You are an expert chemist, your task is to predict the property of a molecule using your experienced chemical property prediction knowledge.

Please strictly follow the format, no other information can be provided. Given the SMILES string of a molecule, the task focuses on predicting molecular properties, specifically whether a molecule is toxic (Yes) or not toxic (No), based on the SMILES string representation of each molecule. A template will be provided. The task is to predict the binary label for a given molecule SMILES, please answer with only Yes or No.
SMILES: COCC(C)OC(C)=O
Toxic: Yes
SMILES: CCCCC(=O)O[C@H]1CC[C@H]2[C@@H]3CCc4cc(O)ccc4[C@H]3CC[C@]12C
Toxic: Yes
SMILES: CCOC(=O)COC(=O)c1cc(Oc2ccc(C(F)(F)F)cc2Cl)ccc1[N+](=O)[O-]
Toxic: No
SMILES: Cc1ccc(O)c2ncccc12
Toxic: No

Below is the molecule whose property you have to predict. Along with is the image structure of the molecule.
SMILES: CC=O
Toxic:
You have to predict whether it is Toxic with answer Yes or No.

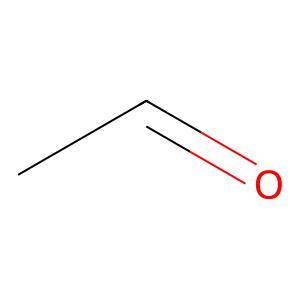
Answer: No